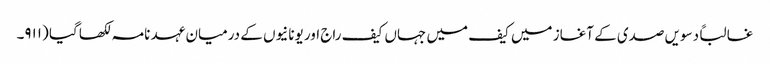
غالباً دسویں صدی کے آغاز میں کیف میں جہاں کیف راج اور یونانیوں کے درمیان عہد نامہ لکھا گیا (۹۱۱۔